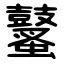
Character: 鼜